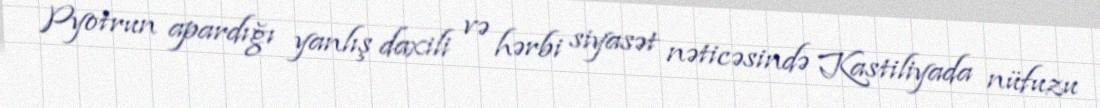
Pyotrun apardığı yanlış daxili və hərbi siyasət nəticəsində Kastiliyada nüfuzu